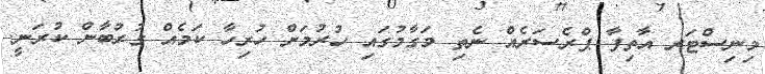
މިނިސްޓަރ އާތިފާ ޕްރެސަރެއް ނެތި މަގާމުގައި ހުރުމަށް ހުރިހާ ކަމެއް ގުރުބާން ކުރަނީ.